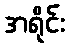
အရိုင်း